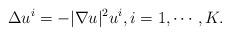
LaTeX: \begin{align*}\Delta u^i=-|\nabla u|^2 u^i , i=1,\cdots, K.\end{align*}